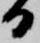
日